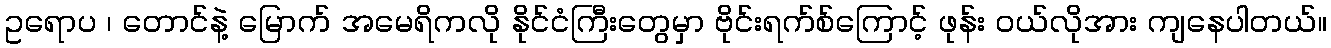
ဥရောပ ၊ တောင်နဲ့ မြောက် အမေရိကလို နိုင်ငံကြီးတွေမှာ ဗိုင်းရက်စ်ကြောင့် ဖုန်း ဝယ်လိုအား ကျနေပါတယ်။